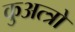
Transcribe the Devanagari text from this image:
कुअत्त्रो